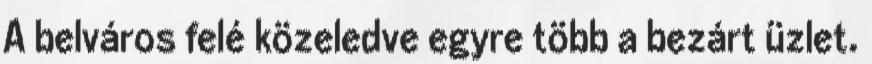
A belváros felé közeledve egyre több a bezárt üzlet.